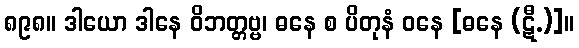
၈၉၈။ ဒါယော ဒါနေ ဝိဘတ္တဗ္ဗ၊ ဓနေ စ ပိတုနံ ဝနေ [ဓနေ (ဋီ.)]။